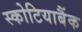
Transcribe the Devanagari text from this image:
स्कोटियाबैंक